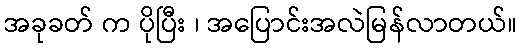
အခုခတ် က ပိုပြီး ၊ အပြောင်းအလဲမြန်လာတယ်။